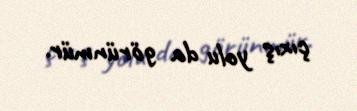
çıxış yolu da görünmür.